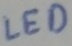
Text: LED